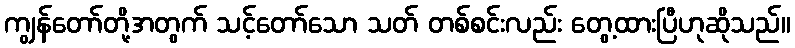
ကျွန်တော်တို့အတွက် သင့်တော်သော သတ် တစ်စင်းလည်း တွေ့ထားပြီဟုဆိုသည်။